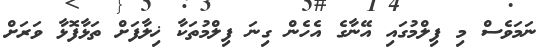
ނަމަވެސް މި ފިލްމުގައި އޭނާގެ އެހެން ގިނަ ފިލްމުތަކާ ޚިލާފަށް ތަޅާފޮޅާ ވަރަށް